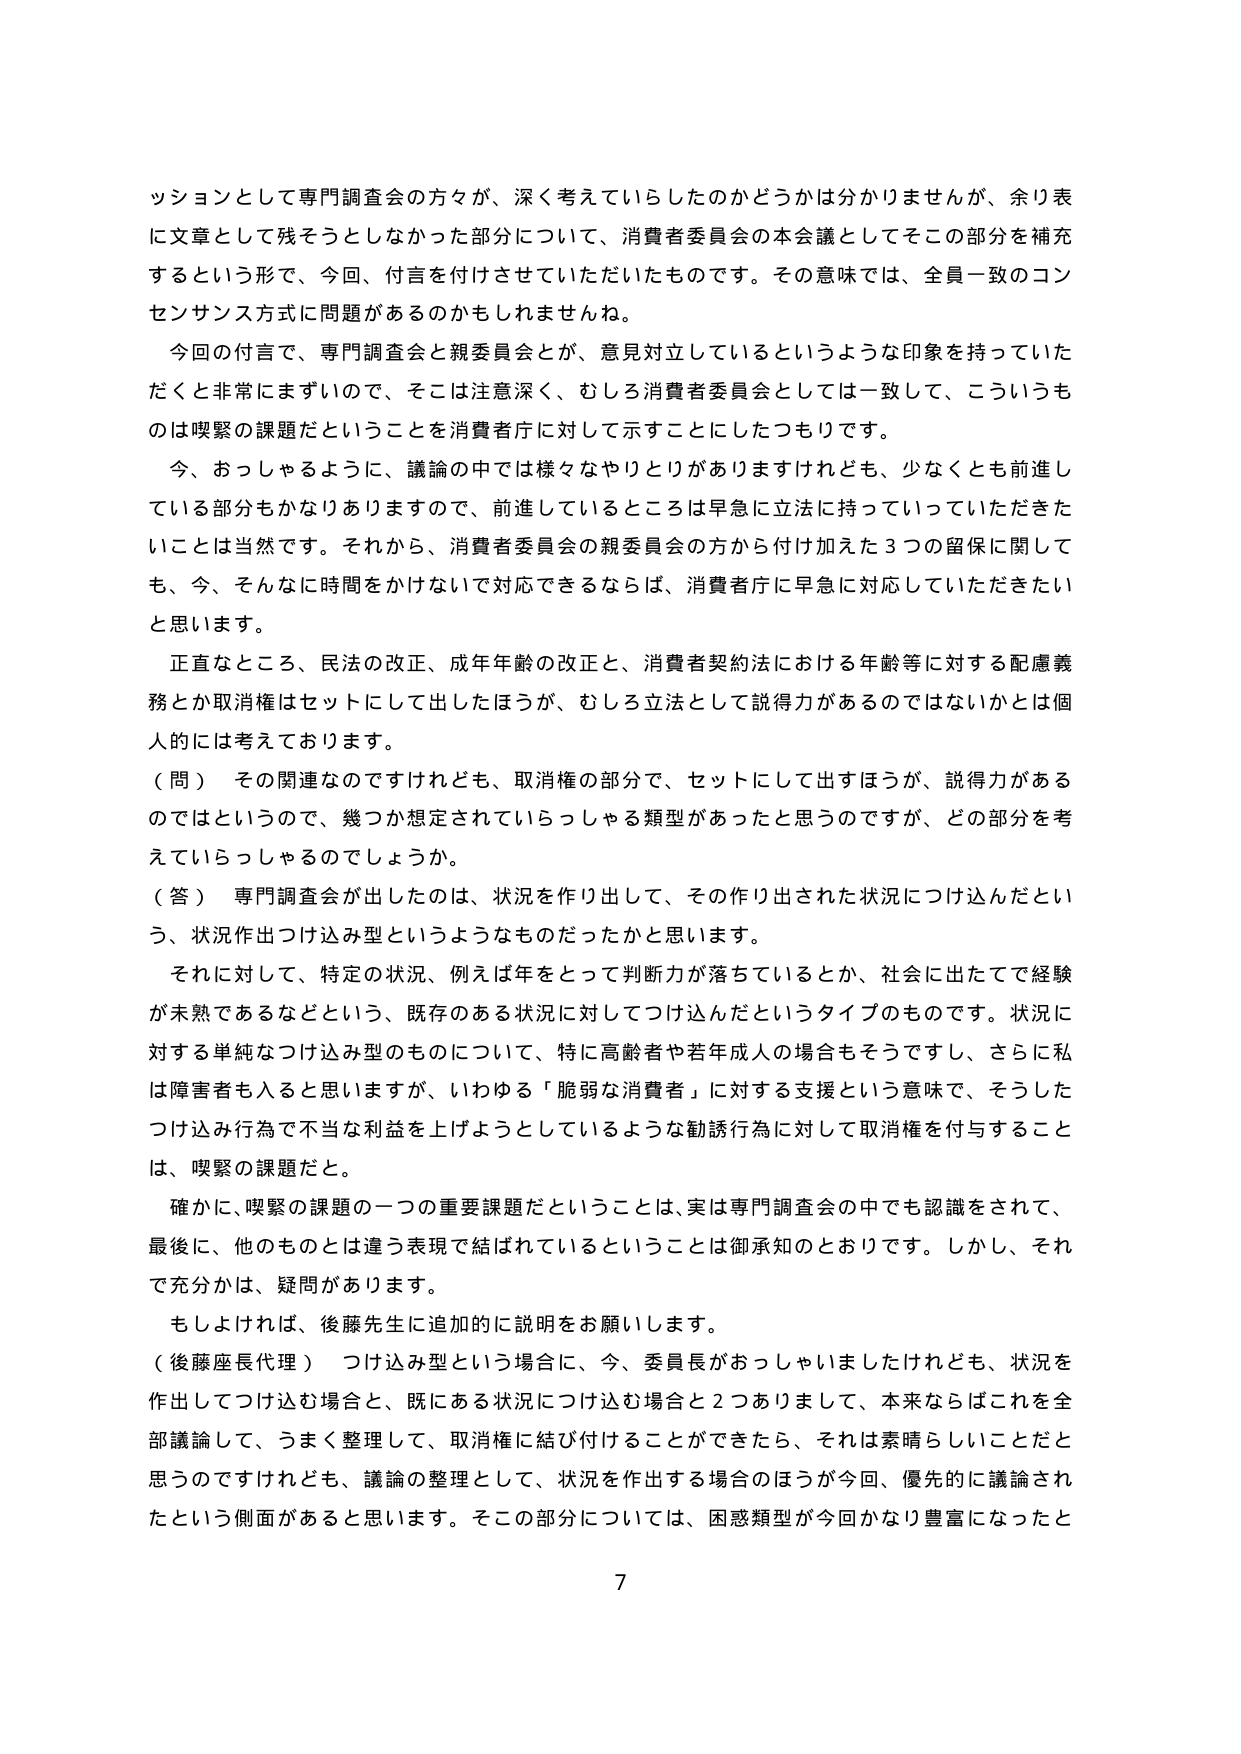
ッションとして専門調査会の方々が、深く考えていらしたのかどうかは分かりませんが、余り表に文章として残そうとしなかった部分について、消費者委員会の本会議としてそこの部分を補充するという形で、今回、付言を付けさせていただいたものです。その意味では、全員一致のコンセンサス方式に問題があるのかもしれませんね。

今回の付言で、専門調査会と親委員会とが、意見対立しているというような印象を持っていただとくと非常によくないので、そこは注意深く、むしろ消費者委員会としては一致して、こういうものは喫緊の課題だということを消費者庁に対して示すことにしたつもりです。

今、おっしゃるように、議論の中では様々なやりとりがありますけれども、少なくとも前進している部分もかなりありますので、前進しているところは早急に立法に持っていっていただきたいことは当然です。それから、消費者委員会の親委員会の方から付け加えた3つの留保に関しても、今、そんなに時間をかけないで対応できるならば、消費者庁に早急に対応していただきたいと思います。

正直なところ、民法の改正、成年年齢の改正と、消費者契約法における年齢等に対する配慮義務とか取消権はセットにして出したほうが、むしろ立法として説得力があるのではないかとは個人的には考えております。

（問）その関連なのですがけれども、取消権の部分で、セットにして出すほうが、説得力があるのではというので、幾つか想定されていらっしゃる類型があったと思うのですが、どの部分を考えていらっしゃるのでしょうか。

（答）専門調査会が出したのは、状況を作り出して、その作り出された状況につけ込んだという、状況作出つけ込み型というようなものだったかと思います。

それに対して、特定の状況、例えば年をとって判断力が落ちているとか、社会に出たてで経験が未熟であるなどという、既存のある状況に対してつけ込んだというタイプのものです。状況に対する単純なつけ込み型のものについて、特に高齢者や若年成人の場合もそうですし、さらに私は障害者も入ると思いますが、いわゆる「脆弱な消費者」に対する支援という意味で、そうしたつけ込み行為で不当な利益を上げようとしているような勧誘行為に対して取消権を付与することは、喫緊の課題だと。

確かに、喫緊の課題の一つの重要課題だということは、実は専門調査会の中でも認識をされて、最後に、他のものとは違う表現で結ばれているということは御承知のとおりです。しかし、それで充分かは、疑問があります。

もしおよければ、後藤先生に追加的に説明をお願いします。

（後藤座長代理）つけ込み型という場合に、今、委員長がおっしゃいましたけれども、状況を作出してつけ込む場合と、既にある状況につけ込む場合と2つありまして、本来ならばこれを全部議論して、うまく整理して、取消権に結び付けることができたら、それは素晴らしいことだと思うのですけれども、議論の整理として、状況を作出する場合のほうが今回、優先的に議論されたという側面があると思います。そこの部分については、困惑類型が今回かなり豊富になったと

7